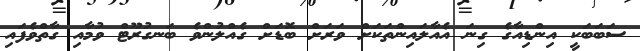
ސަބަބަކީ އިންޑިއާގެ ގިނަ އެއާލައިންތަކަށް ވަރަށް ބޮޑަށް ގެއްލުންވެ ބަނގުރޫޓް ވުމާއި ގާތްވެފައި